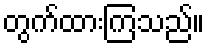
တွက်ထားကြသည်။